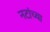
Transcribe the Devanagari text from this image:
नटांच्या